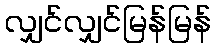
လျှင်လျှင်မြန်မြန်